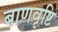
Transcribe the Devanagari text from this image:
बाणवृष्टि